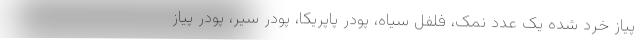
پیاز خرد شده یک عدد نمک، فلفل سیاه، پودر پاپریکا، پودر سیر، پودر پیاز